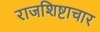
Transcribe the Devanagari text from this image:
राजशिष्टाचार